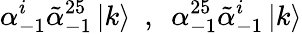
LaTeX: \alpha_{-1}^{i}\tilde{\alpha}_{-1}^{25}\left|k\right>\, \, \, ,\, \, \, \alpha_{-1}^{25}\tilde{\alpha}_{-1}^{i}\left|k\right>